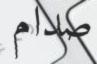
صدام